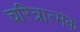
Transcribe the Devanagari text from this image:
चरित्रात्मंक